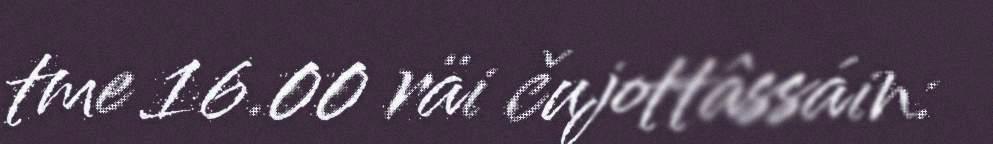
tme 16.00 räi čujottâssáin: